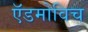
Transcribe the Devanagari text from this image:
ऍडमोविच